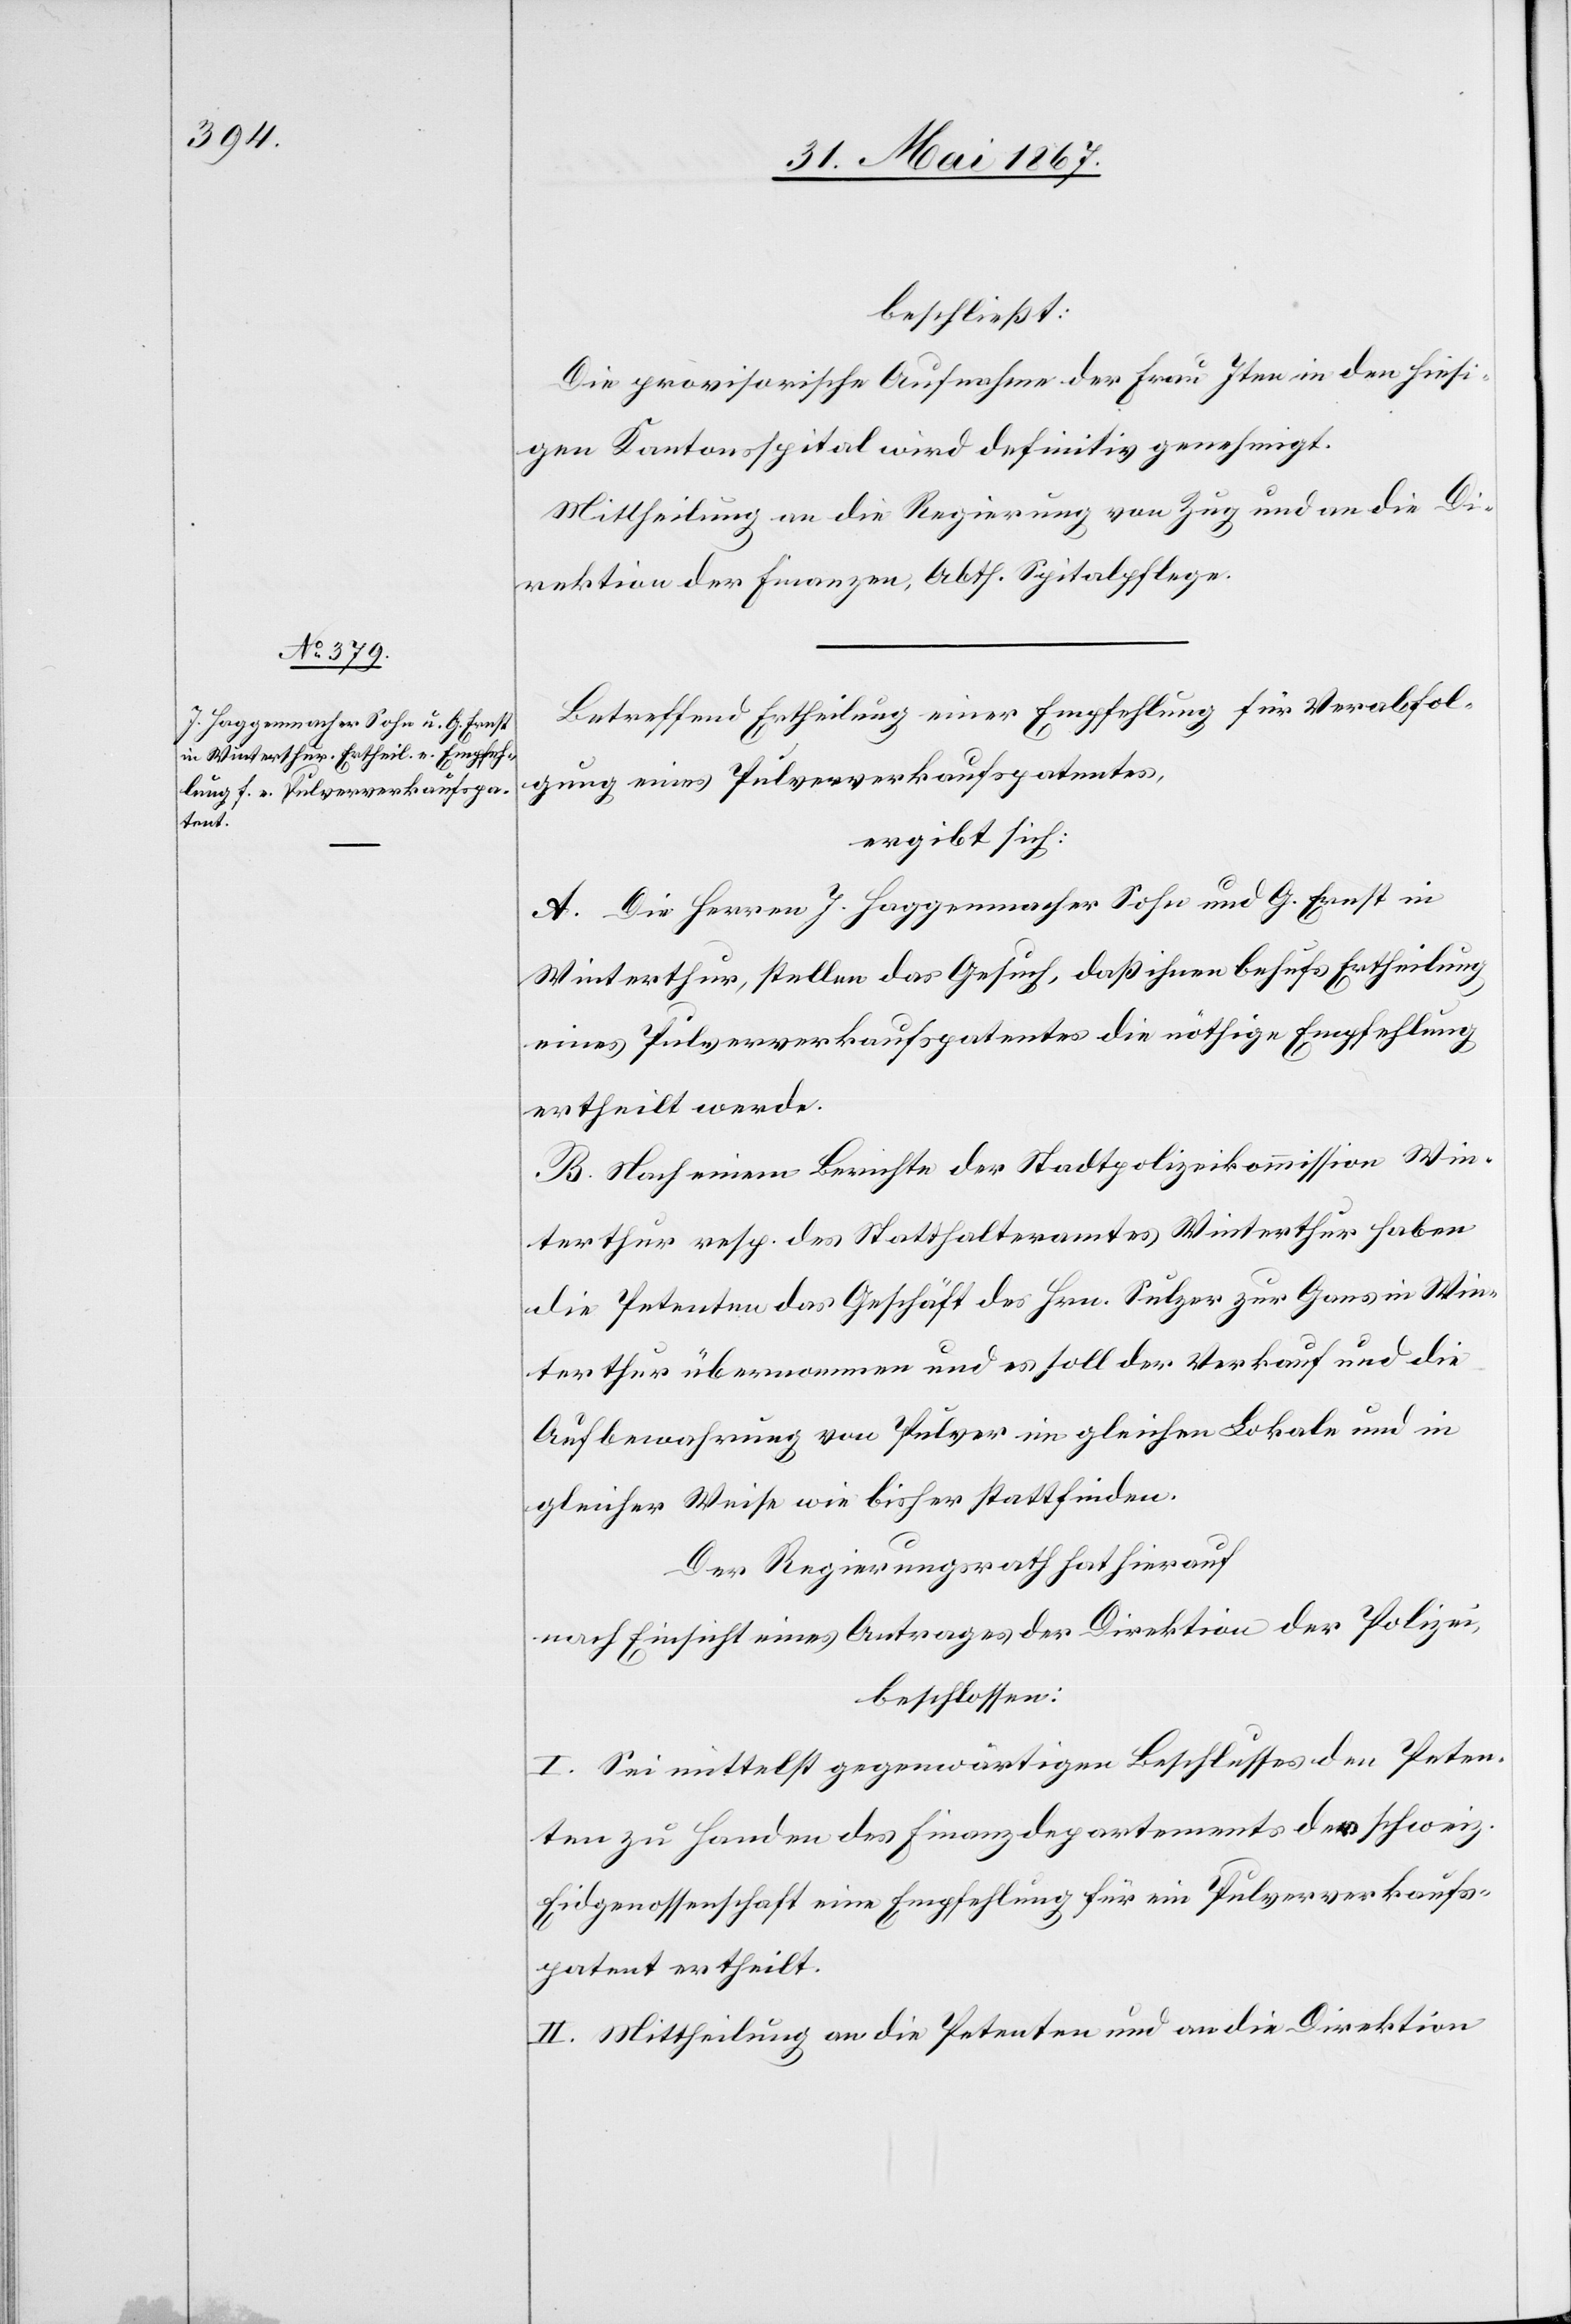
beschließt:
Die provisorische Aufnahme der Frau Iten in den hiesi¬
gen Kantonsspital wird definitiv genehmigt.
Mittheilung an die Regierung von Zug und an die
Direktion der Finanzen, Abth. Spitalpflege.
Betreffend Ertheilung einer Empfehlung für Verabfol¬
gung eines Pulververkaufspatentes,
ergibt sich:
A. Die Herren J. Haggenmacher Sohn und G. Ernst in
Winterthur, stellen das Gesuch, daß ihnen behufs Ertheilung
eines Pulververkaufspatentes die nöthige Empfehlung
ertheilt werde.
B. Nach einem Berichte der Stadtpolizeikommission Win¬
terthur resp. des Statthalteramtes Winterthur haben
die Petenten das Geschäft des Hrn. Sulzer zur Gans in Win¬
terthur übernommen und es soll der Verkauf und die
Aufbewahrung von Pulver im gleichen Lokale und in
gleicher Weise wie bisher stattfinden.
Der Regierungsrath hat hierauf
nach Einsicht eines Antrages der Direktion der Polizei,
beschlossen:
I. Sei mittelst gegenwärtigen Beschlusses den Peten¬
ten zu Handen des Finanzdepartements der schweiz.
Eidgenossenschaft eine Empfehlung für ein Pulververkaufs¬
patent ertheilt.
II. Mittheilung an die Petenten und an die Direktion